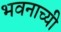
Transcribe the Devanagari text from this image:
भवनाच्यी